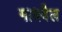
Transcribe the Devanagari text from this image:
गायबैल